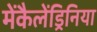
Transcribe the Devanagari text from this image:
मेंकैलेंड्रिनिया